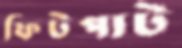
ফিটপাট